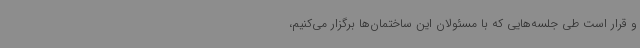
و قرار است طی جلسه‌هایی که با مسئولان این ساختمان‌ها برگزار می‌کنیم،